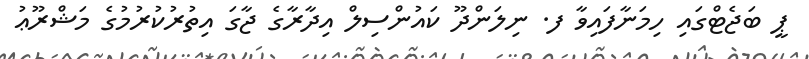
ޕީ ބަޖެޓްގައި ހިމަނާފައިވާ ފ. ނިލަންދޫ ކައުންސިލް އިދާރާގެ ޖާގަ އިތުރުކުރުމުގެ މަޝްރޫޢު